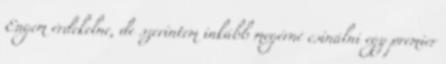
Engem érdekelne, de szerintem inkább megérné csinálni egy premier